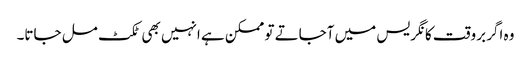
وہ اگر بروقت کانگریس میں آجاتے تو ممکن ہے انہیں بھی ٹکٹ مل جاتا۔